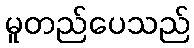
မူတည်ပေသည်